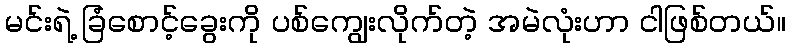
မင်းရဲ့ ခြံစောင့်ခွေးကို ပစ်ကျွေးလိုက်တဲ့ အမဲလုံးဟာ ငါဖြစ်တယ်။